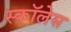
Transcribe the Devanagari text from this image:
स्कॉलेस